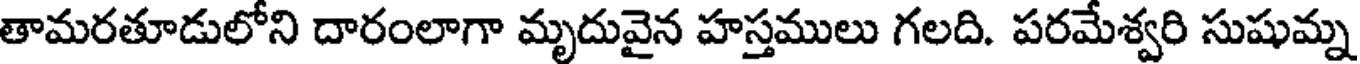
తామరతూడులోని దారంలాగా మృదువైన హస్తములు గలది. పరమేశ్వరి సుషుమ్న